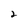
Character: 2